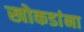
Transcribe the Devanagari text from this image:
खोकडांना